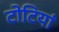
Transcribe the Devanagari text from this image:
टोटियां